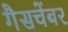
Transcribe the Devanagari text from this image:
गैसचेंबर